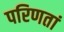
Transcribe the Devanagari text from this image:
परिणतां